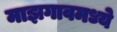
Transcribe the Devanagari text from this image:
माझगावमध्ये